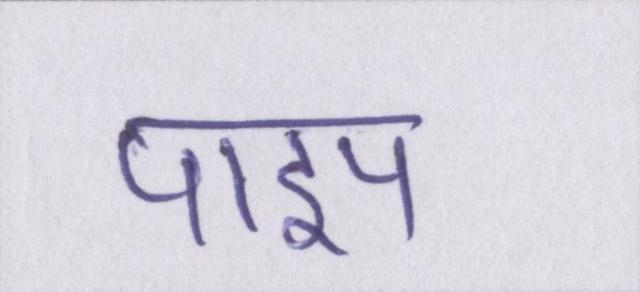
पाइप